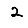
Digit: 2